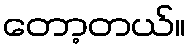
တော့တယ်။